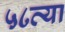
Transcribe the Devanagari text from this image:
५८व्या